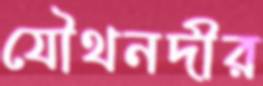
যৌথনদীর